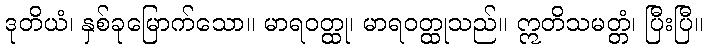
ဒုတိယံ၊ နှစ်ခုမြောက်သော။ မာရဝတ္ထု၊ မာရဝတ္ထုသည်။ ဣတိသမတ္တံ၊ ပြီးပြီ။